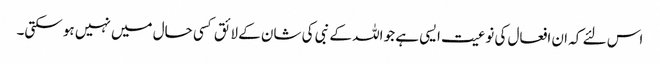
اس لئے کہ ان افعال کی نوعیت ایسی ہے جو اللہ کے نبی کی شان کے لائق کسی حال میں نہیں ہو سکتی۔